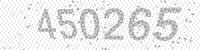
Solution: 450265